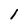
Character: I